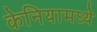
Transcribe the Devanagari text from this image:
केनियामध्ये